Scientific memoirs by medical officers of the Army of India - Part III,
Year: 1887
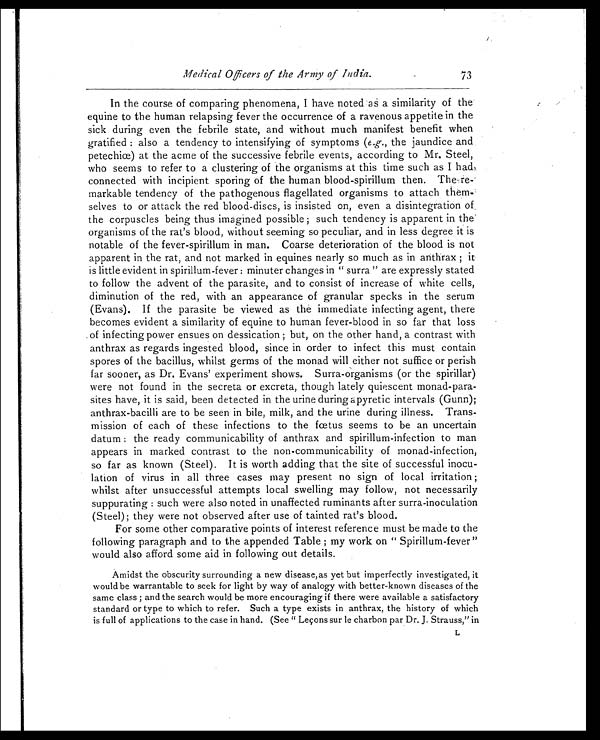
Medical Officers of the Army of India.
In the course of comparing phenomena, I have noted as a similarity of the
equine to the human relapsing fever the occurrence of a ravenous appetite in the
sick during even the febrile state, and without much manifest benefit when
gratified : also a tendency to intensifying of symptoms ( e.g., the jaundice and
petechiœ) at the acme of the successive febrile events, according to Mr. Steel,
who seems to refer to a clustering of the organisms at this time such as I had,
connected with incipient sporing of the human blood-spirillum then. The re
markable tendency of the pathogenous flagellated organisms to attach them
selves to or attack the red blood-discs, is insisted on, even a disintegration of
the corpuscles being thus imagined possible ; such tendency is apparent in the
organisms of the rat's blood, without seeming so peculiar, and in less degree it is
notable of the fever-spirillum in man. Coarse deterioration of the blood is not
apparent in the rat, and not marked in equines nearly so much as in anthrax ; it
is little evident in spirillum-fever : minuter changes in " surra " are expressly stated
to follow the advent of the parasite, and to consist of increase of white cells,
diminution of the red, with an appearance of granular specks in the serum
(Evans). If the parasite be viewed as the immediate infecting agent, there
becomes evident a similarity of equine to human fever-blood in so far that loss
of infecting power ensues on dessication ; but, on the other hand, a contrast with
anthrax as regards ingested blood, since in order to infect this must contain
spores of the bacillus, whilst germs of the monad will either not suffice or perish
far sooner, as Dr. Evans' experiment shows. Surra-organisms (or the spirillar)
were not found in the secreta or excreta, though lately quiescent monad-para-
sites have, it is said, been detected in the urine during apyretic intervals (Gunn) ;
anthrax-bacilli are to be seen in bile, milk, and the urine during illness. Trans-
mission of each of these infections to the fœtus seems to be an uncertain
datum : the ready communicability of anthrax and spirillum-infection to man
appears in marked contrast to the non-communicability of monad-infection,
so far as known (Steel). It is worth adding that the site of successful inocu-
lation of virus in all three cases may present no sign of local irritation ;
whilst after unsuccessful attempts local swelling may follow, not necessarily
suppurating : such were also noted in unaffected ruminants after surra-inoculation
(Steel) ; they were not observed after use of tainted rat's blood.
For some other comparative points of interest reference must be made to the
following paragraph and to the appended Table ; my work on " Spirillum-fever "
would also afford some aid in following out details.
Amidst the obscurity surrounding a new disease, as yet but imperfectly investigated, it
would be warrantable to seek for light by way of analogy with better-known diseases of the
same class ; and the search would be more encouraging if there were available a satisfactory
standard or type to which to refer. Such a type exists in anthrax, the history of which
is full of applications to the case in hand. (See " Leçons sur le charbon par Dr. J. Strauss," in
73